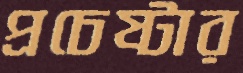
প্রচেষ্টার